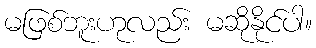
မဖြစ်ဘူးဟုလည်း မဆိုနိုင်ပါ။